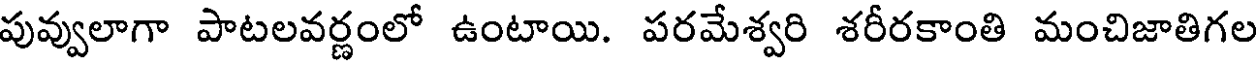
పువ్వులాగా పాటలవర్ణంలో ఉంటాయి. పరమేశ్వరి శరీరకాంతి మంచిజాతిగల